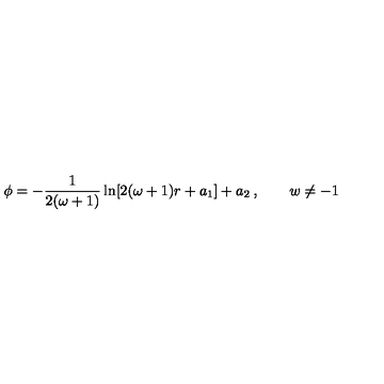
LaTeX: \phi = - \frac { 1 } { 2 ( \omega + 1 ) } \ln [ 2 ( \omega + 1 ) r + a _ { 1 } ] + a _ { 2 } \: , \quad \quad w \neq - 1